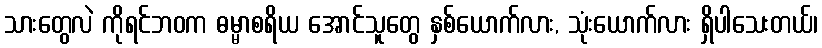
သားတွေလဲ ကိုရင်ဘဝက ဓမ္မာစရိယ အောင်သူတွေ နှစ်ယောက်လား, သုံးယောက်လား ရှိပါသေးတယ်၊